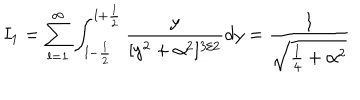
LaTeX: I _ { 1 } = \sum _ { l = 1 } ^ { \infty } \int _ { l - \frac { 1 } { 2 } } ^ { l + \frac { 1 } { 2 } } \frac { y } { [ y ^ { 2 } + \alpha ^ { 2 } ] ^ { 3 / 2 } } d y = \frac { 1 } { \sqrt { \frac { 1 } { 4 } + \alpha ^ { 2 } } }